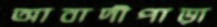
আবাদীপাড়া